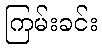
ကြမ်းခင်း